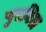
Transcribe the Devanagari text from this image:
पुरविल